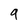
Character: 9